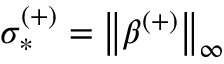
\sigma _ { * } ^ { ( + ) } = \left\lVert \beta ^ { ( + ) } \right\rVert _ { \infty }